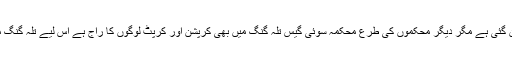
عوام کا کہنا ہے کہ سوئی گیس دورِ حاضر میں زندگی کی اہم ضروت بن گئی ہے مگر دیگر محکموں کی طرع محکمہ سوئی گیس تلہ گنگ میں بھی کرپشن اور کرپٹ لوگوں کا راج ہے اس لیے تلہ گنگ میں غریب آدمی کے لیے گیس کنکشن کا حصول ناممکن ہوتا جا رہا ہے۔